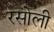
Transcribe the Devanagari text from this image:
रसोली